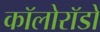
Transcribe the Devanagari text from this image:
कॉलोरॉडो